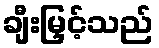
ချီးမြှင့်သည်